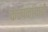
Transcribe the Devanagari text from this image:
कल्पनांचाही